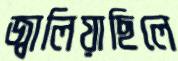
জ্বালিয়াছিলে